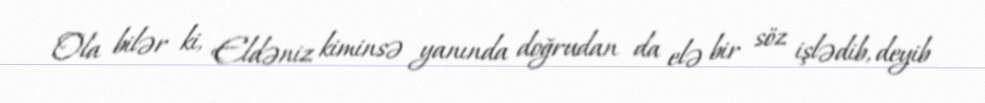
Ola bilər ki, Eldəniz kiminsə yanında doğrudan da elə bir söz işlədib, deyib